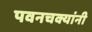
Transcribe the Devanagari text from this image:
पवनचक्यांनी